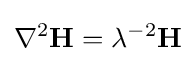
\nabla ^{2}\mathbf {H} =\lambda ^{-2}\mathbf {H}